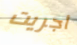
أجريت